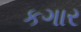
કગાર